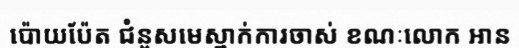
ប៉ោយប៉ែត ជំនួសមេស្នាក់ការចាស់ ខណៈលោក អាន